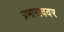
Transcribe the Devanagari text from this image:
प्रभाराववर